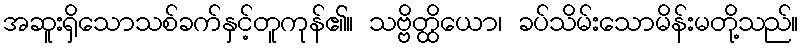
အဆူးရှိသောသစ်ခက်နှင့်တူကုန်၏။ သဗ္ဗိတ္ထိယော၊ ခပ်သိမ်းသောမိန်းမတို့သည်။